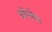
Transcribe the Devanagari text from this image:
बॉम्बेस